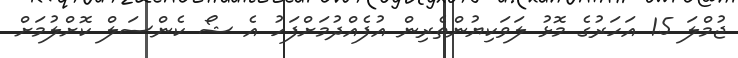
ޖުމްލަ 15 އަހަރުގެ މޮޅު ލަވަކިޔުންތެރިން އުފެއްދުމަށްފަހު އެ ޝޯ ކެންސަލް ކޮށްލުމަށް